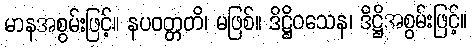
မာနအစွမ်းဖြင့်။ နပဝတ္တတိ၊ မဖြစ်။ ဒိဋ္ဌိဝသေန၊ ဒိဋ္ဌိအစွမ်းဖြင့်။